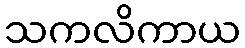
သကလိကာယ